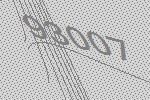
93007